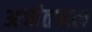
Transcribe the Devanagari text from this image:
अजीतपाल